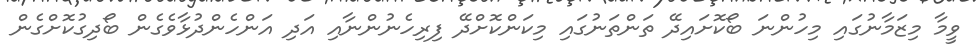
ވީމާ މިޒަމާނުގައި މިހުންނަ ބޯކޮށައިދޭ ތަންތަނުގައި މިކަންކޮށްދޭ ފިރިހެނުންނާއި އަދި އަންހެންދުޅާވެގެން ބޯދިގުކޮށްގެން